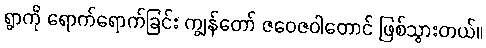
ရွာကို ရောက်ရောက်ခြင်း ကျွန်တော် ဇဝေဇဝါတောင် ဖြစ်သွားတယ်။